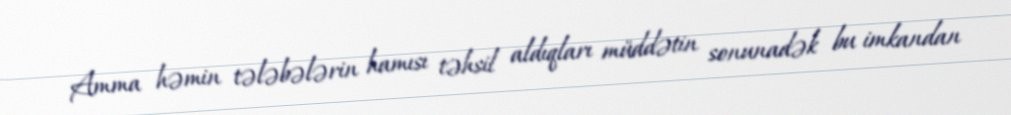
Amma həmin tələbələrin hamısı təhsil aldıqları müddətin sonunadək bu imkandan